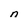
Character: n